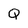
Character: Q